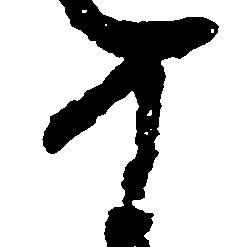
め